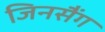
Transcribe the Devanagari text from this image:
जिनसैंग